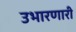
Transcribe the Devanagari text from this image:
उभारणारी